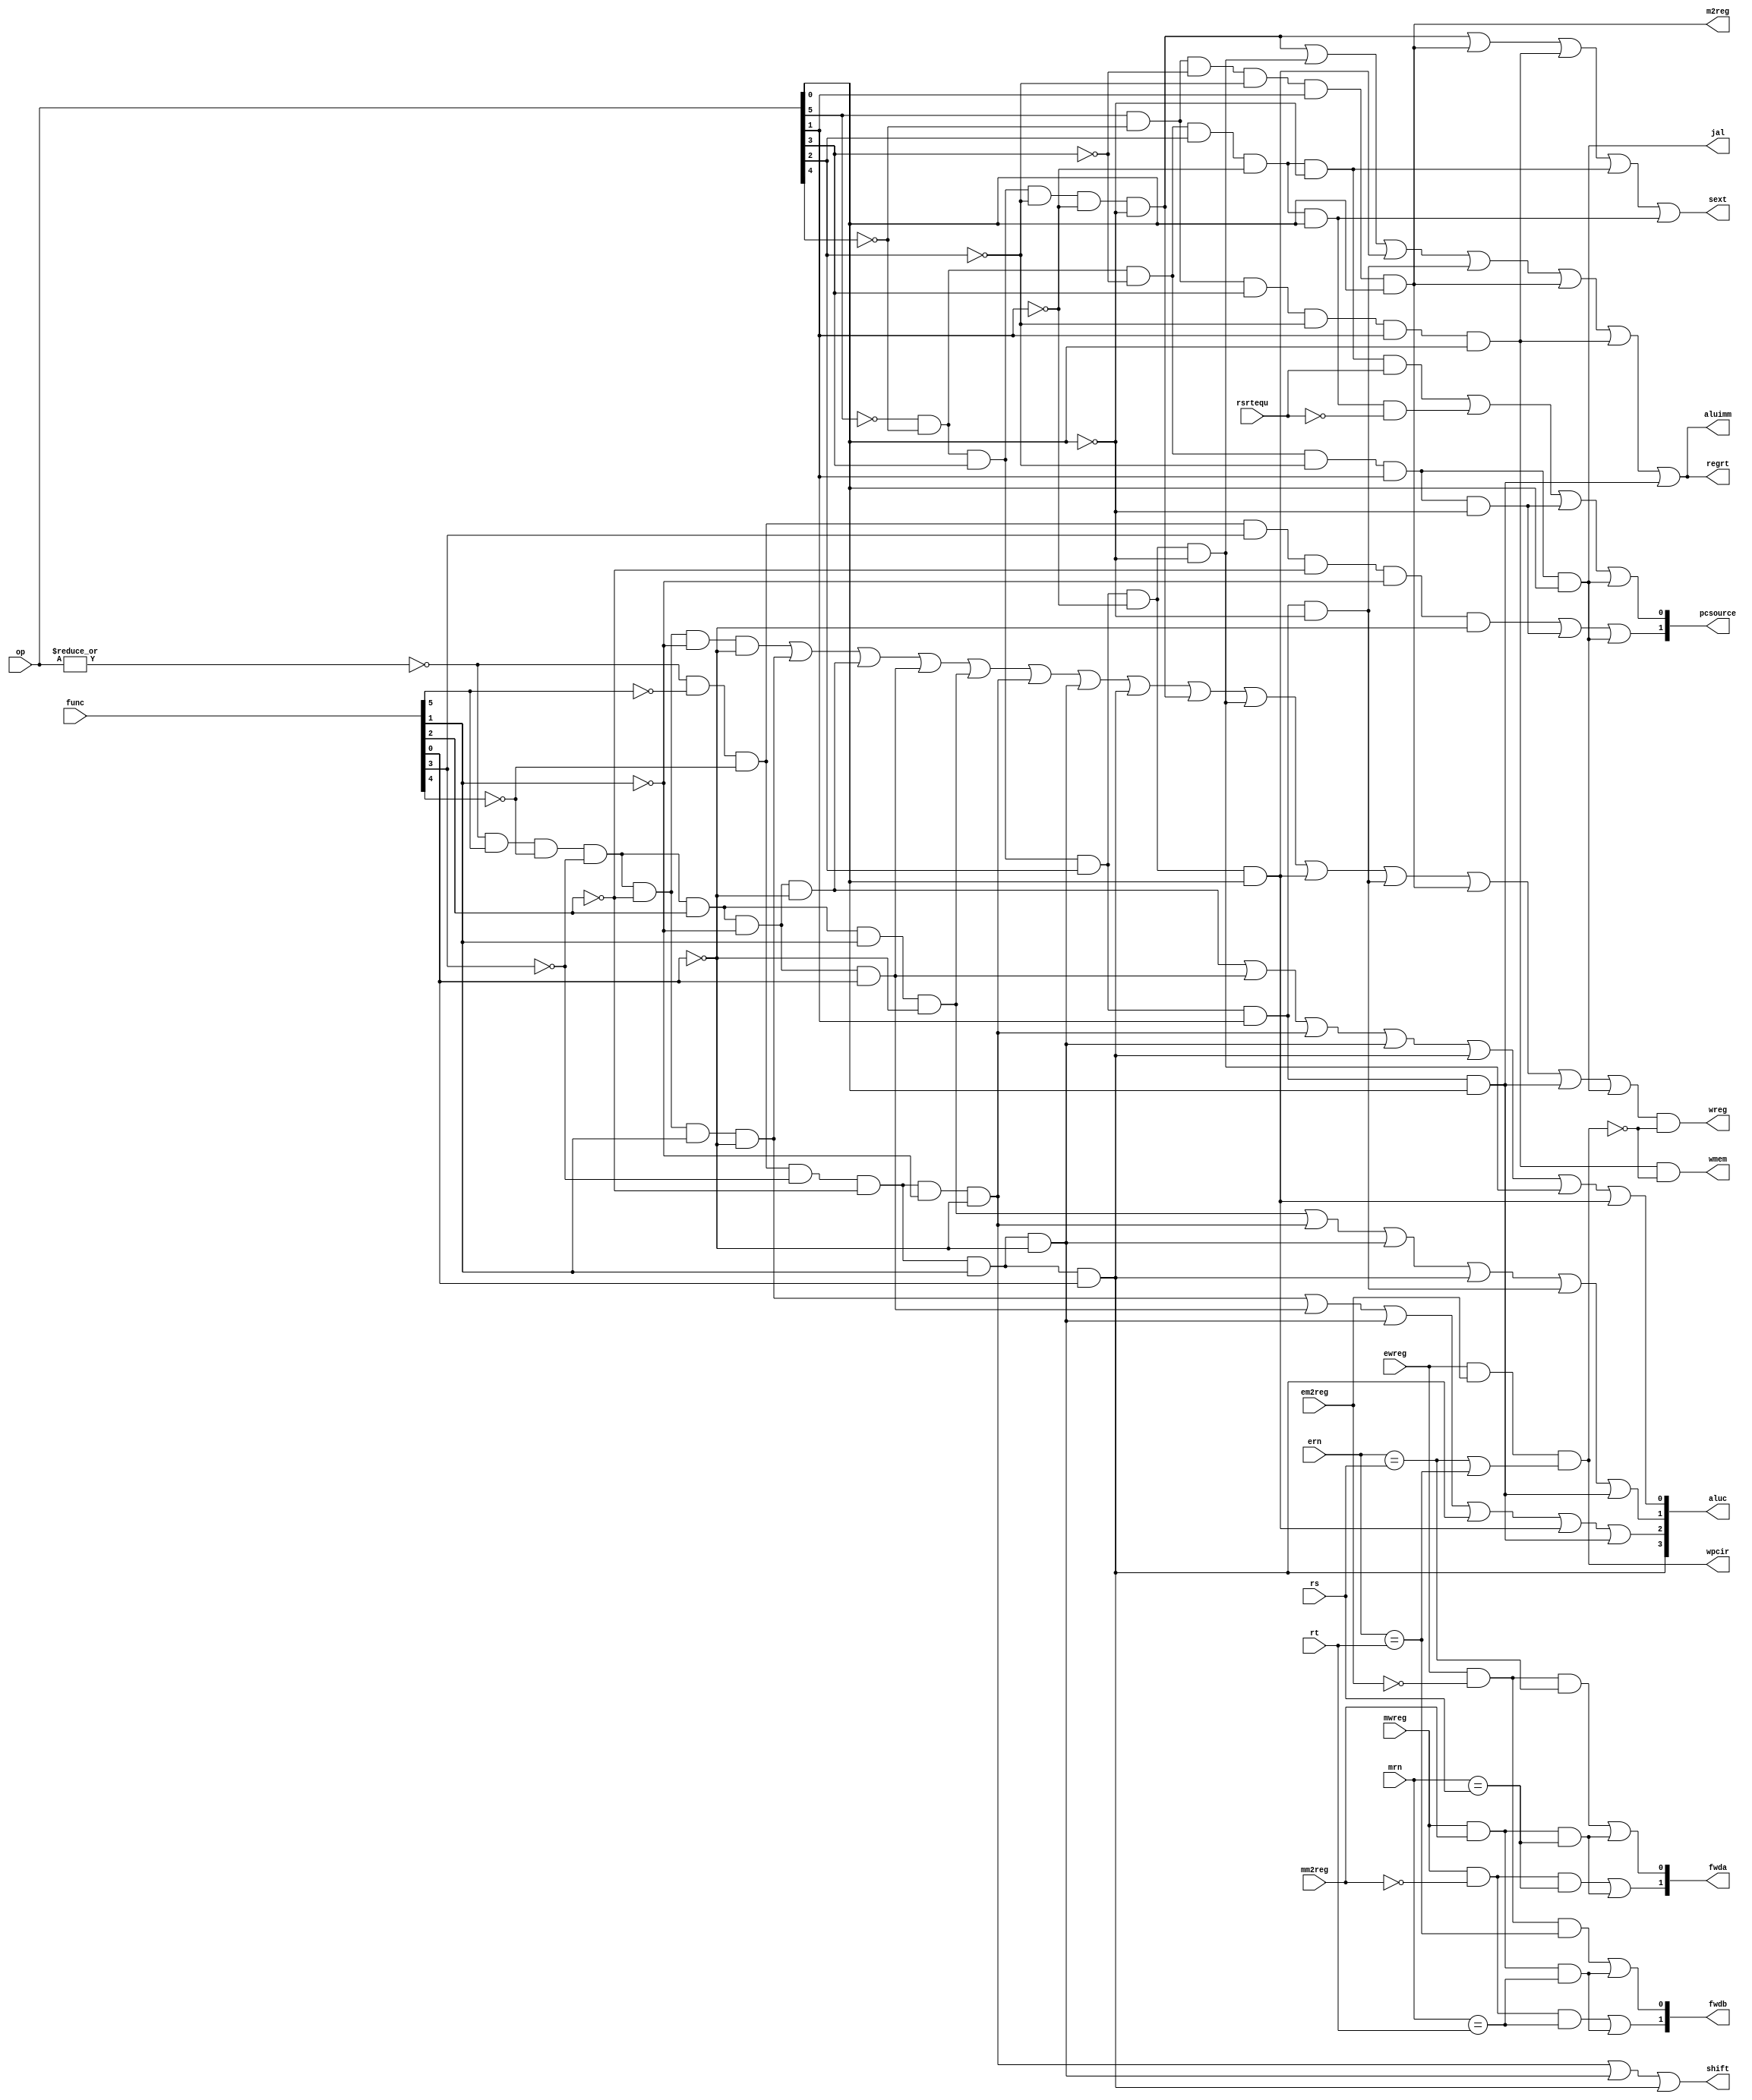
module pipe_cu (op, func, rs, rt, rsrtequ, /*input add*/mrn, mm2reg, mwreg, ern, em2reg, ewreg, /*separate input and output*/ 
  wmem, wreg, regrt, m2reg, aluc, shift, aluimm, pcsource, jal, sext, /*add output*/fwda, fwdb, wpcir);
   input  [5:0] op,func;
   input        rsrtequ;
   input[4:0] rs,rt,mrn,ern;
   input mm2reg, mwreg, em2reg, ewreg;
   output       wreg,regrt,jal,m2reg,shift,aluimm,sext,wmem;
   output [3:0] aluc;
   output [1:0] pcsource;
   output[1:0] fwda,fwdb;
   output wpcir;
   wire r_type = ~|op;
   wire i_add = r_type & func[5] & ~func[4] & ~func[3] &
                ~func[2] & ~func[1] & ~func[0];          //100000
   wire i_sub = r_type & func[5] & ~func[4] & ~func[3] &
                ~func[2] &  func[1] & ~func[0];          //100010
      
   //  please complete the deleted code.
   
   wire i_and = r_type & func[5] & ~func[4] & ~func[3] &
                func[2] & ~func[1] & ~func[0];          //100100 
   wire i_or  = r_type & func[5] & ~func[4] & ~func[3] &
                func[2] & ~func[1] & func[0];          //100101

   wire i_xor = r_type & func[5] & ~func[4] & ~func[3] &
                func[2] & func[1] & ~func[0];          //100110
   wire i_sll = r_type & ~func[5] & ~func[4] & ~func[3] &
                ~func[2] & ~func[1] & ~func[0];          //000000
   wire i_srl = r_type & ~func[5] & ~func[4] & ~func[3] &
                ~func[2] & func[1] & ~func[0];          //000010
   wire i_sra = r_type & ~func[5] & ~func[4] & ~func[3] &
                ~func[2] & func[1] & func[0];          //000011
   wire i_jr  = r_type & ~func[5] & ~func[4] & func[3] &
                ~func[2] & ~func[1] & ~func[0];          //001000
                
   wire i_addi = ~op[5] & ~op[4] &  op[3] & ~op[2] & ~op[1] & ~op[0]; //001000
   wire i_andi = ~op[5] & ~op[4] &  op[3] &  op[2] & ~op[1] & ~op[0]; //001100
   
   wire i_ori  =  ~op[5] & ~op[4] &  op[3] & op[2] & ~op[1] & op[0]; //001101
   wire i_xori =  ~op[5] & ~op[4] &  op[3] & op[2] & op[1] & ~op[0]; //001110 
   wire i_lw   =  op[5] & ~op[4] &  ~op[3] & ~op[2] & op[1] & op[0]; //100011
   wire i_sw   =  op[5] & ~op[4] &  op[3] & ~op[2] & op[1] & op[0]; //101011
   wire i_beq  =  ~op[5] & ~op[4] &  ~op[3] & op[2] & ~op[1] & ~op[0]; //000100
   wire i_bne  =  ~op[5] & ~op[4] &  ~op[3] & op[2] & ~op[1] & op[0]; //000101
   wire i_lui  =  ~op[5] & ~op[4] &  op[3] & op[2] & op[1] & op[0]; //001111
   wire i_j    =  ~op[5] & ~op[4] &  ~op[3] & ~op[2] & op[1] & ~op[0]; //000010
   wire i_jal  =  ~op[5] & ~op[4] &  ~op[3] & ~op[2] & op[1] & op[0]; //000011
   
  
   assign pcsource[1] = i_jr | i_j | i_jal;
   assign pcsource[0] = ( i_beq & rsrtequ ) | (i_bne & ~rsrtequ) | i_j | i_jal ;
   
   assign wreg = (i_add | i_sub | i_and | i_or   | i_xor  |
                 i_sll | i_srl | i_sra | i_addi | i_andi |
                 i_ori | i_xori | i_lw | i_lui  | i_jal) & ~wpcir;
   
   assign aluc[3] = i_sra;
   assign aluc[2] = i_sub | i_or | i_srl | i_sra | i_ori | i_lui;
   assign aluc[1] = i_xor | i_sll | i_srl | i_sra | i_xori | i_lui;
   assign aluc[0] = i_and | i_or | i_sll | i_srl | i_sra | i_andi | i_ori;
   assign shift   = i_sll | i_srl | i_sra ;

   assign aluimm  = i_addi | i_andi | i_ori | i_xori | i_lw | i_sw | i_lui;
   assign sext    = i_addi | i_lw | i_sw | i_beq | i_bne;
   assign wmem    = (i_sw) & ~wpcir;
   assign m2reg   = i_lw;
   assign regrt   = i_addi | i_andi | i_ori | i_xori | i_lw | i_sw | i_lui;
   assign jal     = i_jal;     /*some problems to solve*/

   /*new added for hazard process*/
   assign wpcir = ewreg & em2reg & ((ern == rs) | (ern == rt));
   //wire ealu = ewreg & (~em2reg) & (ern == rs) | (ern == rt);
   //wire malu = mwreg & (~mm2reg) & (mrn == rs) | (mrn == rt);
   //wire mmo = (mwreg & mm2reg & (mrn == rs));
   assign fwda[0] = (ewreg & (~em2reg) & (ern == rs)) | (mwreg & mm2reg & (mrn == rs));
   assign fwda[1] = (mwreg & (~mm2reg) & (mrn == rs)) | (mwreg & mm2reg & (mrn == rs));
   assign fwdb[0] = (ewreg & (~em2reg) & (ern == rt)) | (mwreg & mm2reg & (mrn == rt));
   assign fwdb[1] = (mwreg & (~mm2reg) & (mrn == rt)) | (mwreg & mm2reg & (mrn == rt));

endmodule